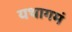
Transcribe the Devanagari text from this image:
यथागमं